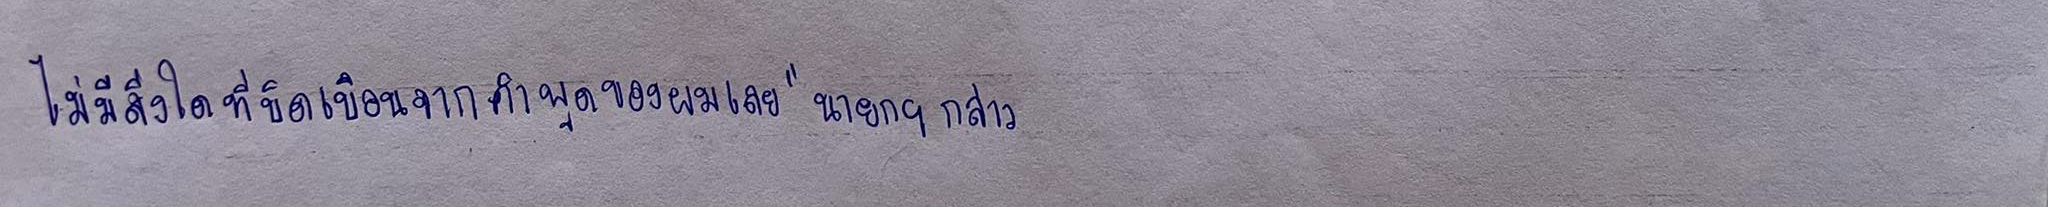
ไม่มีสิ่งใดที่บิดเบือนจากคำพูดของผมเลย"นายกฯกล่าว